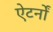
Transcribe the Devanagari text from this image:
ऐटर्नों